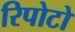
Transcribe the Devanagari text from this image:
रिपोटो